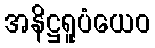
အနိဋ္ဌရူပံယေဝ